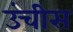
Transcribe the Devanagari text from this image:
उंचीस